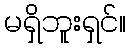
မရှိဘူးရှင်။